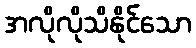
အလိုလိုသိနိုင်သော